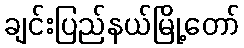
ချင်းပြည်နယ်မြို့တော်